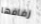
زفافها